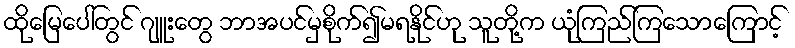
ထိုမြေပေါ်တွင် ဂျူးတွေ ဘာအပင်မှစိုက်၍မရနိုင်ဟု သူတို့က ယုံကြည်ကြသောကြောင့်